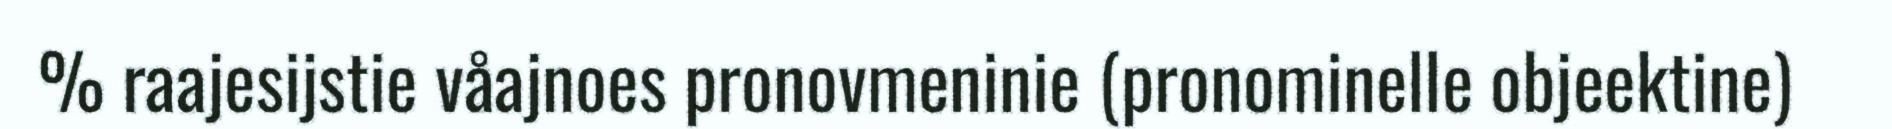
% raajesijstie våajnoes pronovmeninie (pronominelle objeektine)